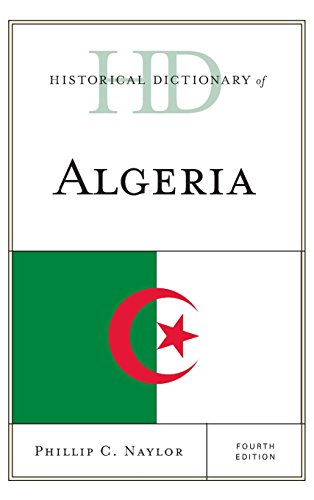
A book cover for Historical Dictionary of Algeria (Historical Dictionaries of Africa); Phillip C. Naylor; History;